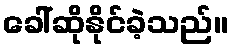
ခေါ်ဆိုနိုင်ခဲ့သည်။